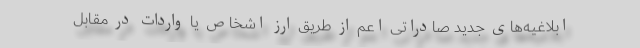
ابلاغیه‌های جدید صادراتی اعم از طریق ارز اشخاص یا واردات در مقابل